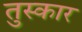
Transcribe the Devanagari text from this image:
तुस्कार